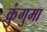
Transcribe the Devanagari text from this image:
कुंगुमा